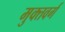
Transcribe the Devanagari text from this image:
मुक्तवर्ग